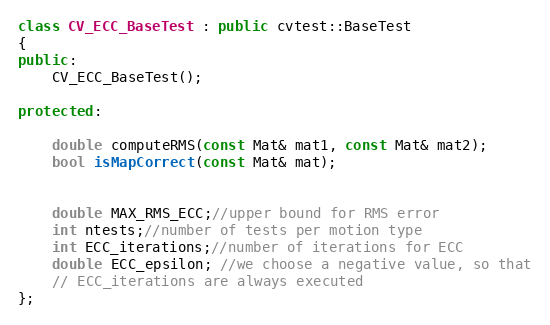
Language: C++
class CV_ECC_BaseTest : public cvtest::BaseTest
{
public:
    CV_ECC_BaseTest();

protected:

    double computeRMS(const Mat& mat1, const Mat& mat2);
    bool isMapCorrect(const Mat& mat);

    double MAX_RMS_ECC;//upper bound for RMS error
    int ntests;//number of tests per motion type
    int ECC_iterations;//number of iterations for ECC
    double ECC_epsilon; //we choose a negative value, so that
    // ECC_iterations are always executed
};